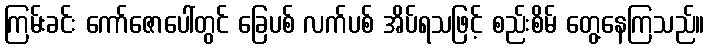
ကြမ်းခင်း ကော်ဇောပေါ်တွင် ခြေပစ် လက်ပစ် အိပ်ရသဖြင့် စည်းစိမ် တွေ့နေကြသည်။